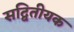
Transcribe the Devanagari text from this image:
सद्वितीयक